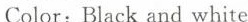
Color: Black and white